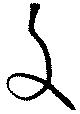
文